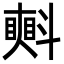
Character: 㪺